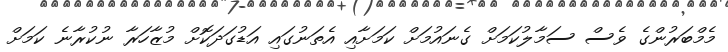
މެމްބަރުންގެ ވެސް ސަމާލުކަމަށް ގެނައުމަށް ކަމަށާއި އެތަނުގައި އަޑުގަދަކޮށް މުޒާހަރާ ނުކުރާނެ ކަމަށް